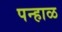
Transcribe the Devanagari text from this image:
पन्हाळ